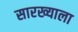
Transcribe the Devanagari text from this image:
सारख्याला